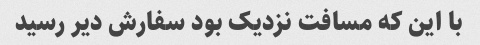
با این که مسافت نزدیک بود سفارش دیر رسید